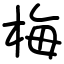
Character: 梅